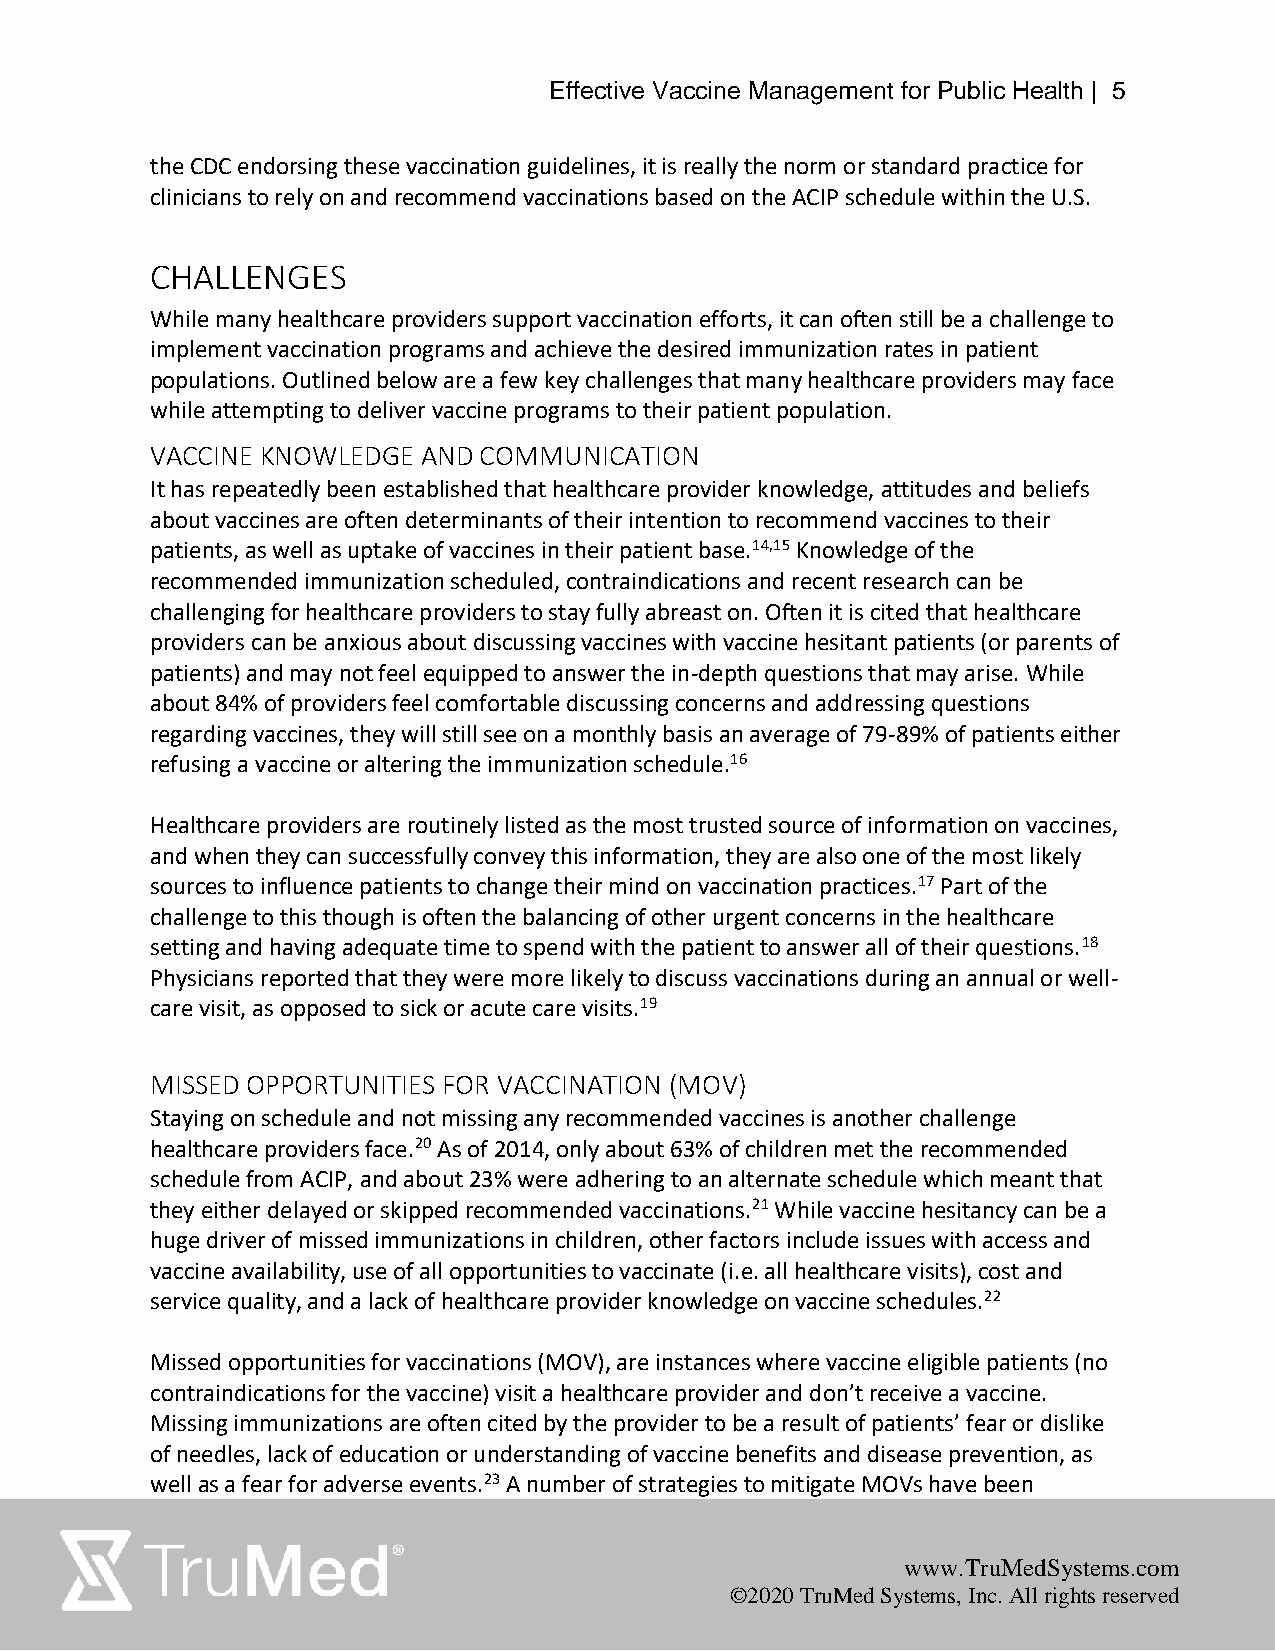
Effective Vaccine Management for Public Health | 5
 the CDC endorsing these vaccination guidelines, it is really the norm or standard practice for
 clinicians to rely on and recommend vaccinations based on the ACIP schedule within the U.S.
 CHALLENGES
 While many healthcare providers support vaccination efforts, it can often still be a challenge to
 implement vaccination programs and achieve the desired immunization rates in patient
 populations. Outlined below are a few key challenges that many healthcare providers may face
 while attempting to deliver vaccine programs to their patient population.
 VACCINE KNOWLEDGE AND COMMUNICATION
 It has repeatedly been established that healthcare provider knowledge, attitudes and beliefs
 about vaccines are often determinants of their intention to recommend vaccines to their
 patients, as well as uptake of vaccines in their patient base.14,15 Knowledge of the
 recommended immunization scheduled, contraindications and recent research can be
 challenging for healthcare providers to stay fully abreast on. Often it is cited that healthcare
 providers can be anxious about discussing vaccines with vaccine hesitant patients (or parents of
 patients) and may not feel equipped to answer the in-depth questions that may arise. While
 about 84% of providers feel comfortable discussing concerns and addressing questions
 regarding vaccines, they will still see on a monthly basis an average of 79-89% of patients either
 refusing a vaccine or altering the immunization schedule.16
 Healthcare providers are routinely listed as the most trusted source of information on vaccines,
 and when they can successfully convey this information, they are also one of the most likely
 sources to influence patients to change their mind on vaccination practices.17 Part of the
 challenge to this though is often the balancing of other urgent concerns in the healthcare
 setting and having adequate time to spend with the patient to answer all of their questions.18
 Physicians reported that they were more likely to discuss vaccinations during an annual or well-
 care visit, as opposed to sick or acute care visits.19
 MISSED OPPORTUNITIES FOR VACCINATION (MOV)
 Staying on schedule and not missing any recommended vaccines is another challenge
 healthcare providers face.20 As of 2014, only about 63% of children met the recommended
 schedule from ACIP, and about 23% were adhering to an alternate schedule which meant that
 they either delayed or skipped recommended vaccinations.21 While vaccine hesitancy can be a
 huge driver of missed immunizations in children, other factors include issues with access and
 vaccine availability, use of all opportunities to vaccinate (i.e. all healthcare visits), cost and
 service quality, and a lack of healthcare provider knowledge on vaccine schedules.22
 Missed opportunities for vaccinations (MOV), are instances where vaccine eligible patients (no
 contraindications for the vaccine) visit a healthcare provider and don’t receive a vaccine.
 Missing immunizations are often cited by the provider to be a result of patients’ fear or dislike
 of needles, lack of education or understanding of vaccine benefits and disease prevention, as
 well as a fear for adverse events.23 A number of strategies to mitigate MOVs have been
 www.TruMedSystems .com
 ©2020 TruMed Systems, Inc. All rights reserved